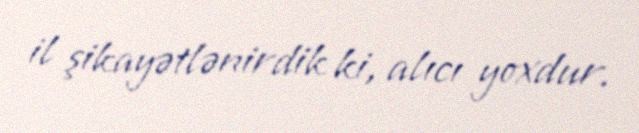
il şikayətlənirdik ki, alıcı yoxdur.